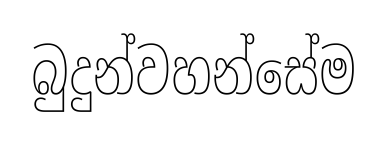
බුදුන්වහන්සේම